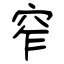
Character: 窄